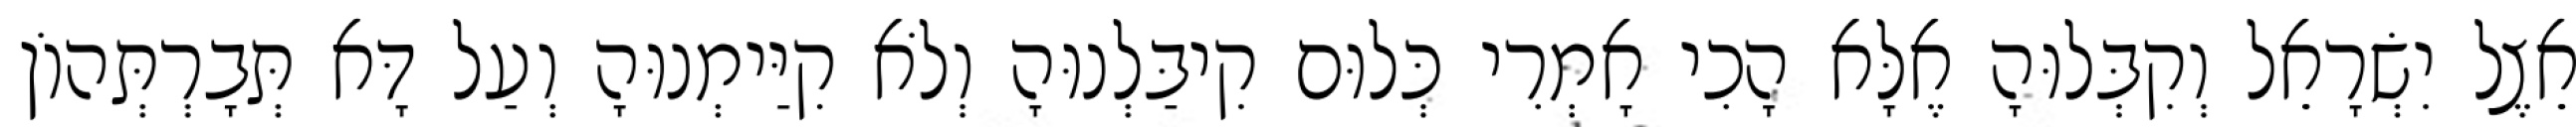
אֵצֶל יִשְׂרָאֵל וְקִבְּלוּהָ אֶלָּא הָכִי אָמְרִי כְּלוּם קִיבַּלְנוּהָ וְלֹא קִיַּימְנוּהָ וְעַל דָּא תְּבָרְתְּהוֹן